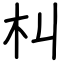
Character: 朻